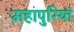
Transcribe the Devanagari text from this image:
महापुरियां